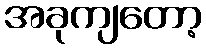
အခုကျတော့